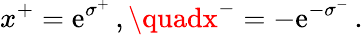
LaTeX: x^{+}=\mathrm{e}^{\sigma^{+}}\, ,\quadx^{-}=-\mathrm{e}^{-\sigma^{-}}\, .